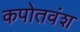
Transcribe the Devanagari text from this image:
कपोतवंश